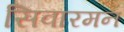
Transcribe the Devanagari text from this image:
सिवारमन